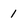
Character: 1